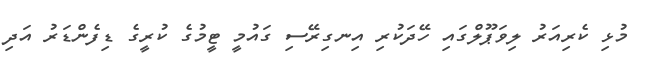
މުޅި ކެރިއަރު ލިވަޕޫލްގައި ހޭދަކުރި އިނގިރޭސި ގައުމީ ޓީމުގެ ކުރީގެ ޑިފެންޑަރު އަދި